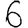
Digit: 6